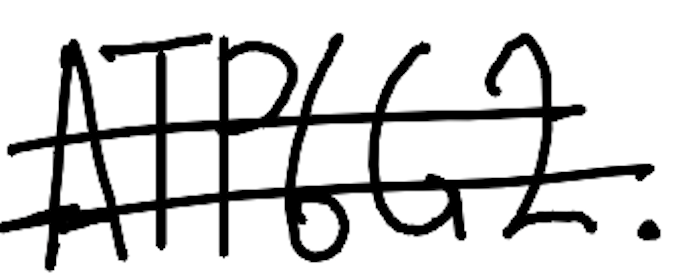
Text: ATP6G2.
Cross-out: double-line
Writing tool: digital_black